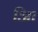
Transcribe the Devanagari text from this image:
आि